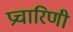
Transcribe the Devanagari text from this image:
प्रचारिणी